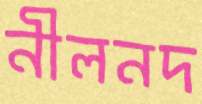
নীলনদ